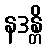
နဒန္တိ